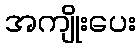
အကျိုးပေး